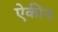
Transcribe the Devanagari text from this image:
ऐकीन